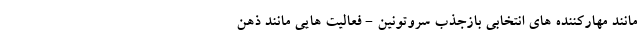
مانند مهارکننده های انتخابی بازجذب سروتونین - فعالیت هایی مانند ذهن